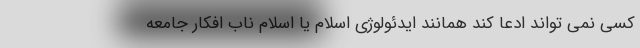
کسی نمی تواند ادعا کند همانند ایدئولوژی اسلام یا اسلام ناب افکار جامعه